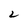
Character: 2